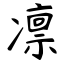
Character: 凛